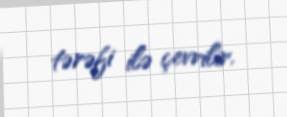
tərəfi ilə çevrilir.